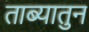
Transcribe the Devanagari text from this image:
ताब्यातुन